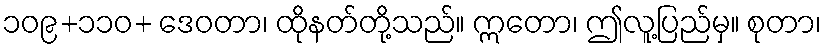
၁၀၉+၁၁၀+ ဒေဝတာ၊ ထိုနတ်တို့သည်။ ဣတော၊ ဤလူ့ပြည်မှ။ စုတာ၊